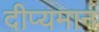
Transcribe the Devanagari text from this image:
दीप्यमान